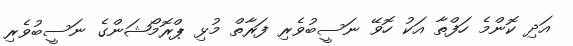
އަދި ކޮންމެ ހަފްތާ އަކު ހޮވޭ ނަސީބުވެރި ފަރާތް މުޅި ޕްރޮމޯޝަންގެ ނަސީބުވެރި